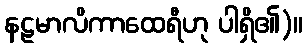
နဠမာလိကာထေရီဟု ပါရှိ၏)။